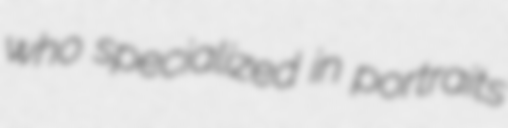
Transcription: who specialized in portraits